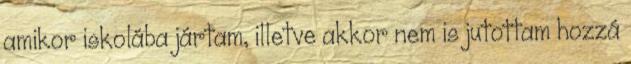
amikor iskolába jártam, illetve akkor nem is jutottam hozzá